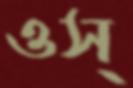
ওস্